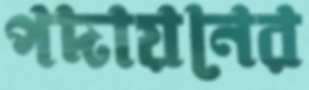
পদায়নের